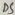
Text: D5